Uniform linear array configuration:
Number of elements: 8
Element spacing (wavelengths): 1
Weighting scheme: hamming
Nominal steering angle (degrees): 15
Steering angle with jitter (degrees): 14.88
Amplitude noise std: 0.05
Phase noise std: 0.05

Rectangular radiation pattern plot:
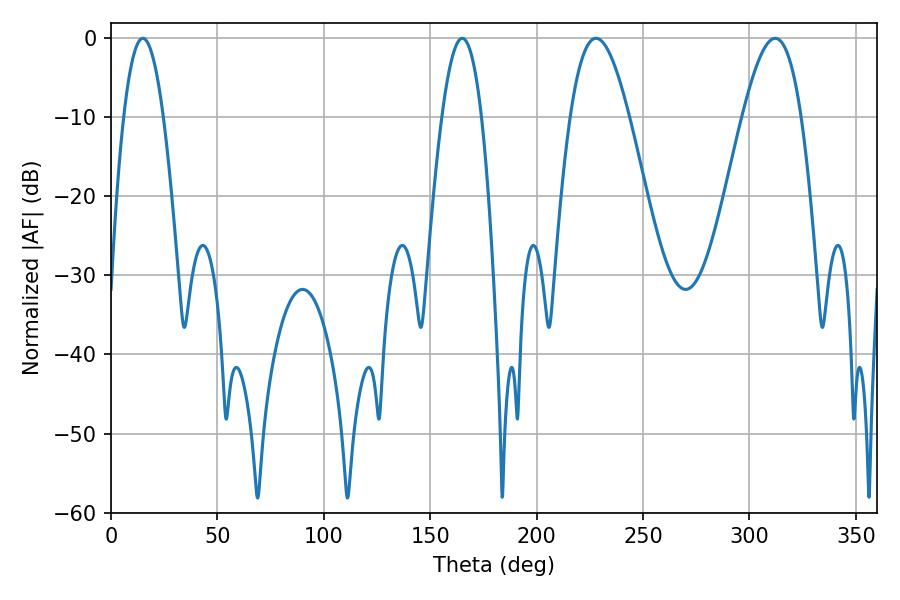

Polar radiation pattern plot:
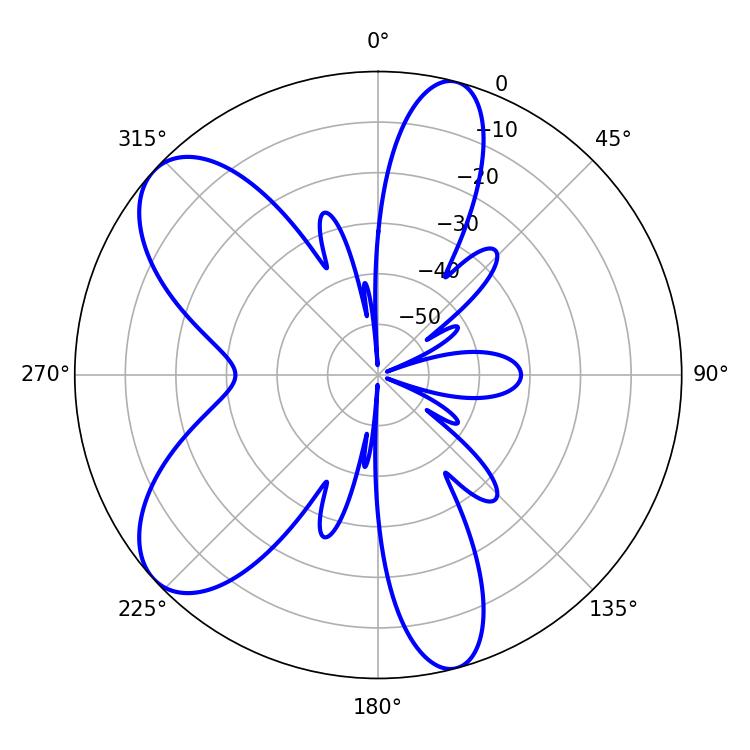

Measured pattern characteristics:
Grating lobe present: TRUE
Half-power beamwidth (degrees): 15.12
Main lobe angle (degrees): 227.88